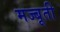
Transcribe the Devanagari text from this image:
मज्बूती